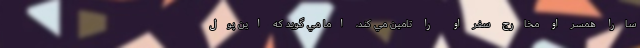
سارا همسر او مخارج سفر او را تامين مي کند، اما مي گويد که اين پول